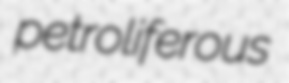
petroliferous